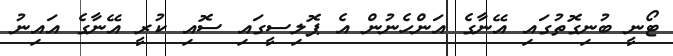
ޓޯނީ ބުނިގޮތުގައި އޭނާގެ އަންހެނުން އެ ޕޮލިސީގައި ސޮއި ކުރީ އޭނާގެ އައިނު